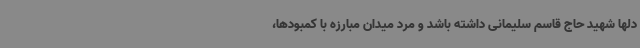
دلها شهید حاج قاسم سلیمانی داشته باشد و مرد میدان مبارزه با کمبودها،